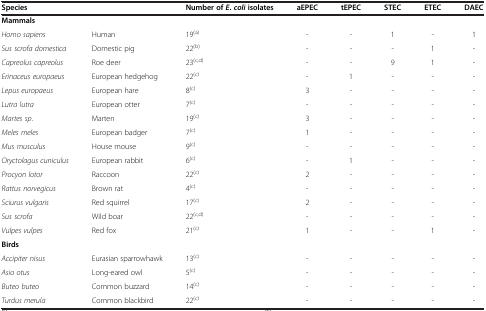
<table><thead><tr><td colspan="2"><b>Species</b></td><td><b>Number of <i>E</i>. <i>coli </i>isolates</b></td><td><b>aEPEC</b></td><td><b>tEPEC</b></td><td><b>STEC</b></td><td><b>ETEC</b></td><td><b>DAEC</b></td></tr></thead><tbody><tr><td colspan="3"><b>Mammals</b></td><td> </td><td> </td><td> </td><td> </td><td> </td></tr><tr><td><i>Homo sapiens</i></td><td>Human</td><td>19<sup>(a)</sup></td><td>-</td><td>-</td><td>1</td><td>-</td><td>1</td></tr><tr><td><i>Sus scrofa domestica</i></td><td>Domestic pig</td><td>22<sup>(b)</sup></td><td>-</td><td>-</td><td>-</td><td>1</td><td>-</td></tr><tr><td><i>Capreolus capreolus</i></td><td>Roe deer</td><td>23<sup>(c,d)</sup></td><td>-</td><td>-</td><td>9</td><td>1</td><td>-</td></tr><tr><td><i>Erinaceus europaeus</i></td><td>European hedgehog</td><td>22<sup>(c)</sup></td><td>-</td><td>1</td><td>-</td><td>-</td><td>-</td></tr><tr><td><i>Lepus europaeus</i></td><td>European hare</td><td>8<sup>(c)</sup></td><td>3</td><td>-</td><td>-</td><td>-</td><td>-</td></tr><tr><td><i>Lutra lutra</i></td><td>European otter</td><td>7<sup>(c)</sup></td><td>-</td><td>-</td><td>-</td><td>-</td><td>-</td></tr><tr><td><i>Martes sp</i>.</td><td>Marten</td><td>19<sup>(c)</sup></td><td>3</td><td>-</td><td>-</td><td>-</td><td>-</td></tr><tr><td><i>Meles meles</i></td><td>European badger</td><td>7<sup>(c)</sup></td><td>1</td><td>-</td><td>-</td><td>-</td><td>-</td></tr><tr><td><i>Mus musculus</i></td><td>House mouse</td><td>9<sup>(c)</sup></td><td>-</td><td>-</td><td>-</td><td>-</td><td>-</td></tr><tr><td><i>Oryctolagus cuniculus</i></td><td>European rabbit</td><td>6<sup>(c)</sup></td><td>-</td><td>1</td><td>-</td><td>-</td><td>-</td></tr><tr><td><i>Procyon lotor</i></td><td>Raccoon</td><td>22<sup>(c)</sup></td><td>2</td><td>-</td><td>-</td><td>-</td><td>-</td></tr><tr><td><i>Rattus norvegicus</i></td><td>Brown rat</td><td>4<sup>(c)</sup></td><td>-</td><td>-</td><td>-</td><td>-</td><td>-</td></tr><tr><td><i>Sciurus vulgaris</i></td><td>Red squirrel</td><td>17<sup>(c)</sup></td><td>2</td><td>-</td><td>-</td><td>-</td><td>-</td></tr><tr><td><i>Sus scrofa</i></td><td>Wild boar</td><td>22<sup>(c,d)</sup></td><td>-</td><td>-</td><td>-</td><td>-</td><td>-</td></tr><tr><td><i>Vulpes vulpes</i></td><td>Red fox</td><td>21<sup>(c)</sup></td><td>1</td><td>-</td><td>-</td><td>1</td><td>-</td></tr><tr><td colspan="3"><b>Birds</b></td><td> </td><td> </td><td> </td><td> </td><td> </td></tr><tr><td><i>Accipiter nisus</i></td><td>Eurasian sparrowhawk</td><td>13<sup>(c)</sup></td><td>-</td><td>-</td><td>-</td><td>-</td><td>-</td></tr><tr><td><i>Asio otus</i></td><td>Long-eared owl</td><td>5<sup>(c)</sup></td><td>-</td><td>-</td><td>-</td><td>-</td><td>-</td></tr><tr><td><i>Buteo buteo</i></td><td>Common buzzard</td><td>14<sup>(c)</sup></td><td>-</td><td>-</td><td>-</td><td>-</td><td>-</td></tr><tr><td><i>Turdus merula</i></td><td>Common blackbird</td><td>22<sup>(c)</sup></td><td>-</td><td>-</td><td>-</td><td>-</td><td>-</td></tr></tbody></table>